Report of the Municipal Commissioner on the plague in Bombay for the year ending 31st May... - Volume 2
Disease focus: Plague
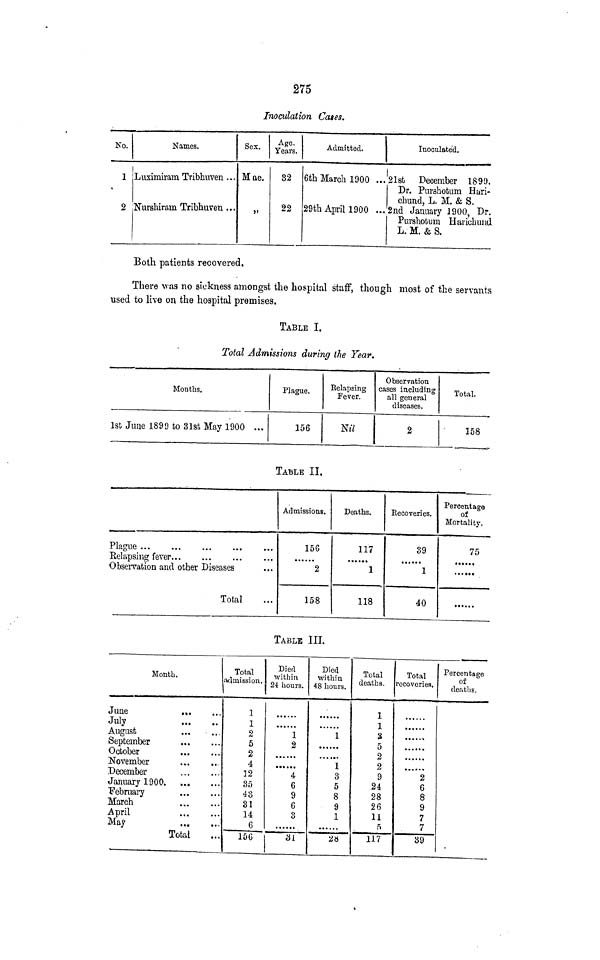
275
Inoculation Ca»es.
No.
1
2
Names.
Luximiram Tribhuven ...
Nurshirain Tribhuven ...
Sex.
Mae.
j>
Age.
Years.
32
22
Admitted.
6th March 1900 ...
29th April 1900 ...
Inoculated.
21st December 1899.
Dr. Purshotum Hari-
chund, L. M. & S.
2nd January 1900, Dr.
Purshotum Harichund
L. M. & S.
Both patients recovered.
There was no sickness amongst the hospital staff, though most of the servants
used to live on the hospital premises.
TABLE I.
Total Admissions during the Year.
Months.
1st June 1899 to 31st May 1900 ...
Plague.
156
Relapsing
Fever.
N«7
Observation
eases including
all general
diseases.
2
Total.
158
TABLE II,
Plague
Relapsing fever
Observation and other Diseases
Total
Admissions.
156
2
158
Deaths.
117
•»•*••
1
118
Recoveries.
39
1
40
Percentage
of
Mortality.
75
......
... •••
TABLE III.
Month.
June
...
July
August
September
October
November
December
January 1900,
February
March
April
May
Total
Total
admission.
1
1
2
5
2
4
12
35
43
31
14
6
156
Died
within
2i hours.
1
2
......
4
6
9
6
3
iU
Died
within
48 hours.
1
1
3
5
8
9
1
2a
Total
deaths.
1
1
3
5
2
2
9
24
28
26
11
ft
117
Total
recoveries.
. . • . •»
2
6
8
9
7
7
39
Percentage
of
deaths.